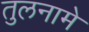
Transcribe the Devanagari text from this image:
तुलनामे